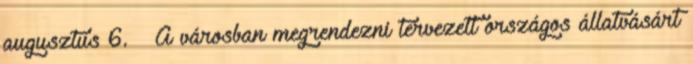
augusztus 6. – A városban megrendezni tervezett országos állatvásárt